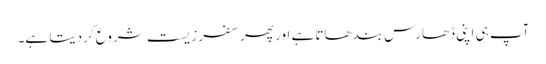
آپ ہی اپنی ڈھارس بندھاتا ہے اور پھر سفر زیست شروع کردیتا ہے۔